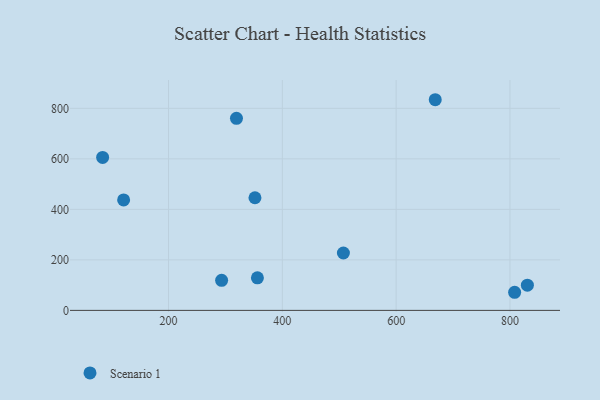
{"axis": {"x": "Experience", "y": "Exam Score"}, "legend": ["Scenario 1"], "data": [{"x": "356.2", "y": 129.0, "type": "Scenario 1"}, {"x": "293.3", "y": 119.1, "type": "Scenario 1"}, {"x": "351.9", "y": 446.0, "type": "Scenario 1"}, {"x": "319.4", "y": 760.4, "type": "Scenario 1"}, {"x": "668.7", "y": 834.1, "type": "Scenario 1"}, {"x": "808.2", "y": 71.7, "type": "Scenario 1"}, {"x": "507.3", "y": 227.3, "type": "Scenario 1"}, {"x": "121.1", "y": 437.4, "type": "Scenario 1"}, {"x": "84.2", "y": 605.8, "type": "Scenario 1"}, {"x": "830.6", "y": 99.7, "type": "Scenario 1"}]}